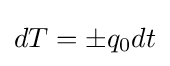
dT=\pm q_{0}dt